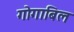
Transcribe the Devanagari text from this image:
गोगाबिल